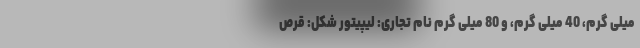
میلی گرم، 40 میلی گرم، و 80 میلی گرم نام تجاری: لیپیتور شکل: قرص